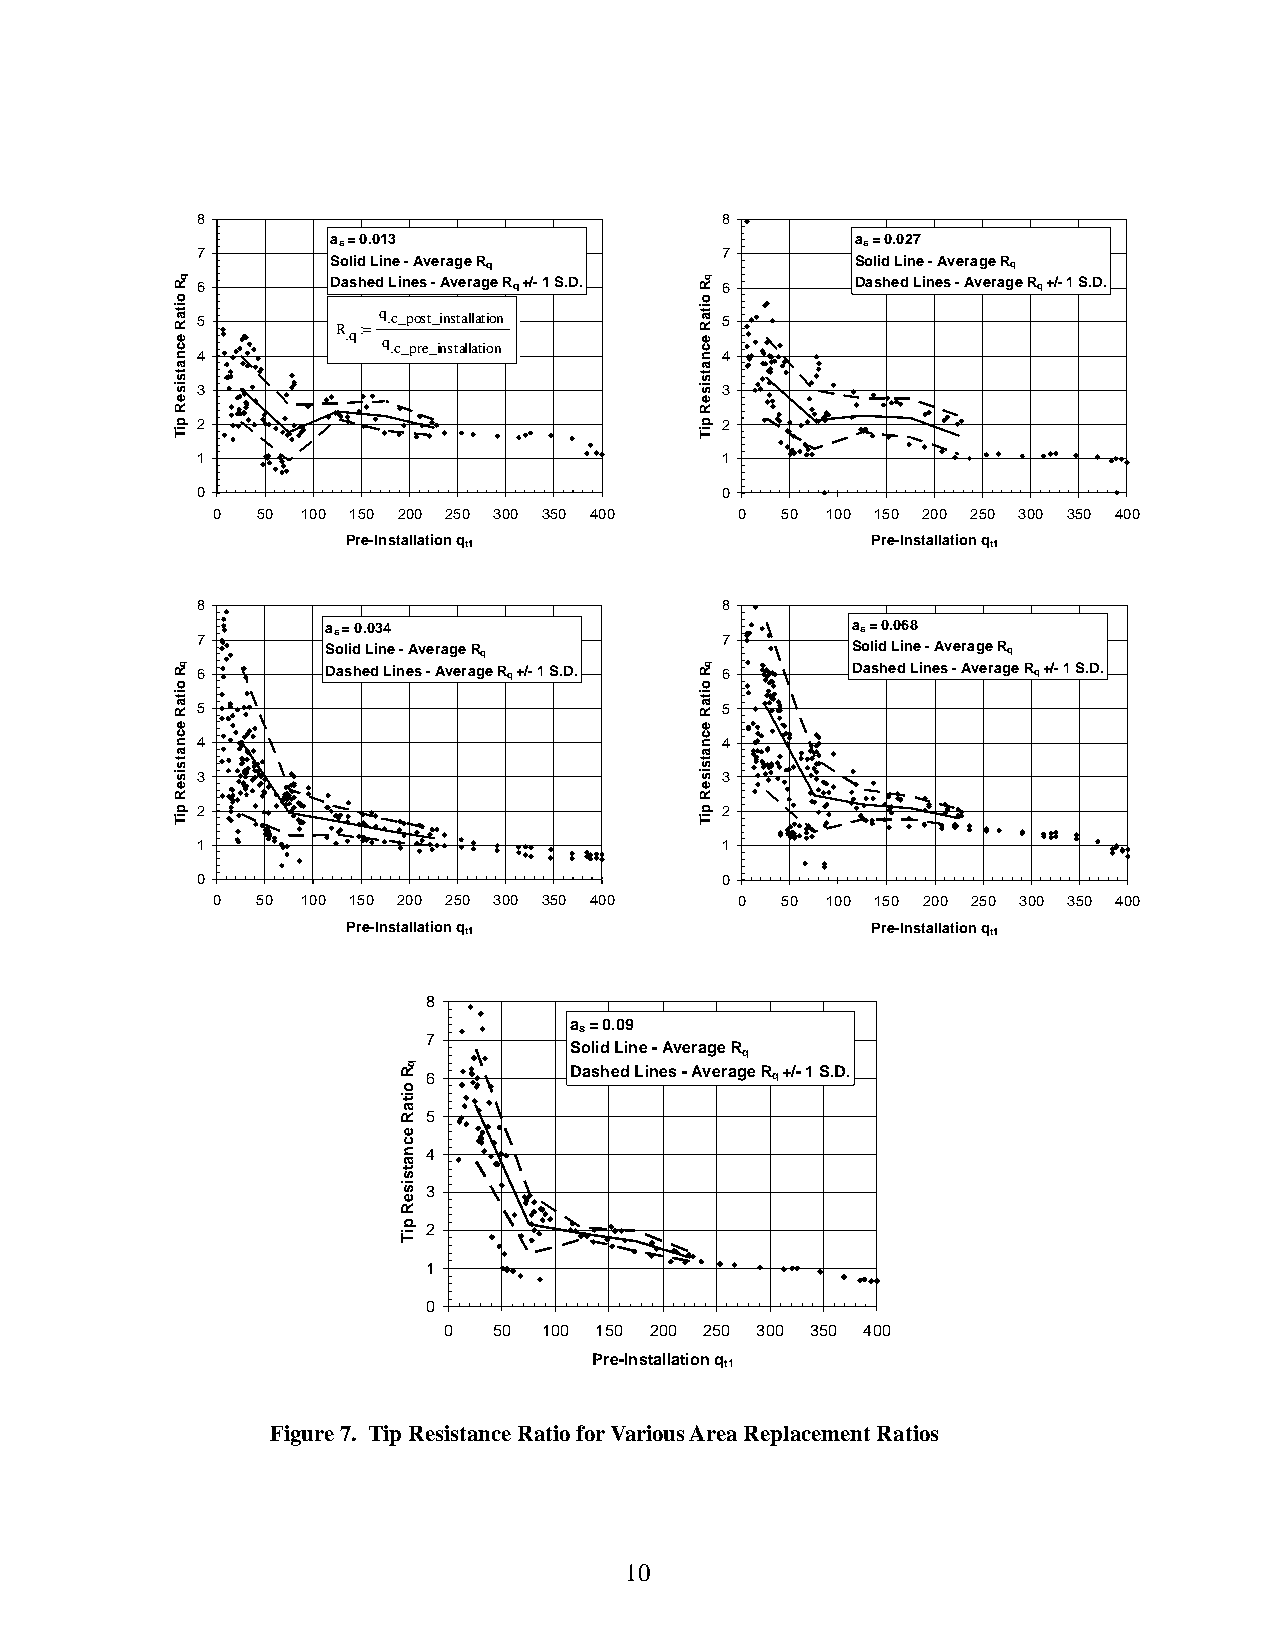
8                                  8
 as = 0.013                         as = 0.027
 7
 Solid Line - Average Rq
 7
 Solid Line - Average Rq
 6        Dashed Lines - Average Rq +/- 1 S.D. 6 Dashed Lines - Average Rq +/- 1 S.D.
 5
 q.c_post_installation
 5
 R.q:=
 q.c_pre_installation
 4                                  4
 3                                  3
 2                                  2
 1                                  1
 0                                  0
 0  50 100 150 200 250 300 350 400  0  50 100 150 200 250 300 350 400
 Pre-Installation qt1               Pre-Installation qt1
 8                                  8
 as = 0.034                        as = 0.068
 7                                  7
 Solid Line - Average Rq           Solid Line - Average Rq
 6        Dashed Lines - Average Rq +/- 1 S.D. 6 Dashed Lines - Average Rq +/- 1 S.D.
 5                                  5
 4                                  4
 3                                  3
 2                                  2
 1                                  1
 0                                  0
 0  50 100 150 200 250 300 350 400  0  50 100 150 200 250 300 350 400
 Pre-Installation qt1               Pre-Installation qt1
 8
 as = 0.09
 7
 Solid Line - Average Rq
 6
 Dashed Lines - Average Rq +/- 1 S.D.
 5
 4
 3
 2
 1
 0
 0   50 100 150 200 250 300 350 400
 Pre-Installation qt1
 Figure 7. Tip Resistance Ratio for Various Area Replacement Ratios
 10
 qR
 oitaR
 ecnatsiseR
 piT
 qR
 oitaR
 ecnatsiseR
 piT
 qR
 oitaR
 ecnatsiseR
 piT
 qR
 oitaR
 ecnatsiseR
 piT
 qR
 oitaR
 ecnatsiseR
 piT